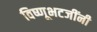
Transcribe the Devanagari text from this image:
विष्णूभटजींनी